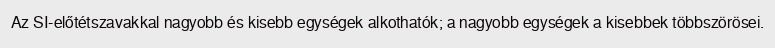
Az SI-előtétszavakkal nagyobb és kisebb egységek alkothatók; a nagyobb egységek a kisebbek többszörösei.